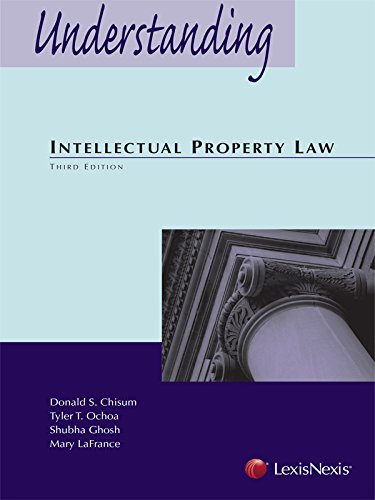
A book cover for Understanding Intellectual Property Law; Tyler T. Ochoa, Shubha Ghosh, Mary LaFrance Donald S. Chisum; Law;